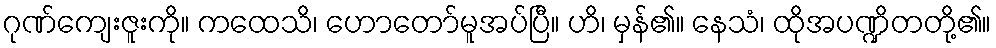
ဂုဏ်ကျေးဇူးကို။ ကထေသိ၊ ဟောတော်မူအပ်ပြီ။ ဟိ၊ မှန်၏။ နေသံ၊ ထိုအပဏ္ဍိတတို့၏။